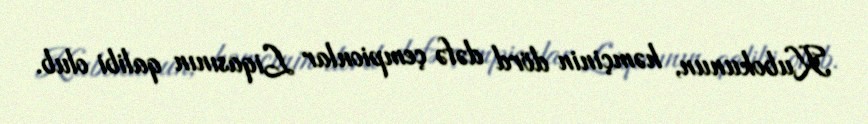
Kubokunun, həmçinin dörd dəfə çempionlar Liqasının qalibi olub.